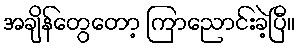
အချိန်တွေတော့ ကြာညောင်းခဲ့ပြီ။